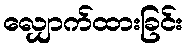
လျှောက်ထားခြင်း